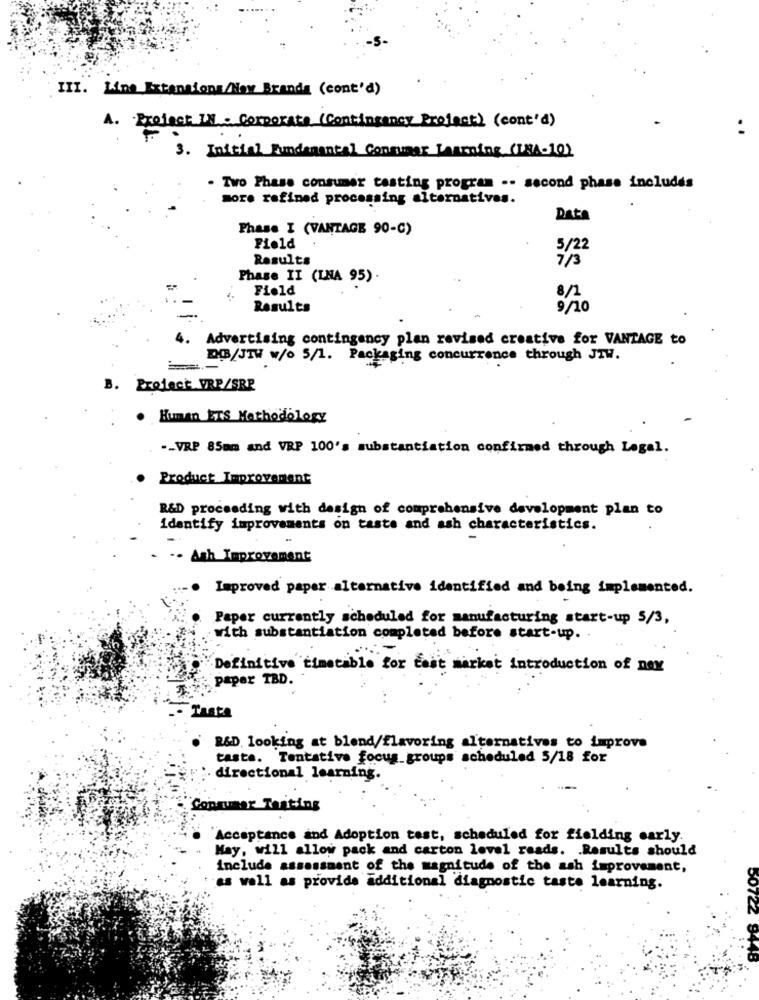
III. Line Extensions/Her Brands (cont'd)
A. Project IN - Corporate (Contingency Project) (cont'd)
3. Initial Fundamental Consumer Learning (TRA-10)
. Two Phase consumer tasting program .- second phase includes
more refined processing alternatives.
Data
Phase I (VANTAGE 90-C)
Field
5/22
Results
7/3
Phase II (LNA 95).
Field
8/1
Results
9/10
4. Advertising contingency plan revised creative for VANTAGE to
DB/JTW w/o 5/1. Packaging concurrence through JTW.
B. Project VRP/SRP
Human ETS Methodology
-_ VRP 85mm and VRP 100's substantiation confirmed through Legal.
Product Improvement
R&D proceeding with design of comprehensive development plan to
identify improvements on taste and ash characteristics.
- Anh Improvement
· Improved paper alternative identified and being implemented.
Paper currently scheduled for manufacturing start-up 5/3,
with substantiation completed before start-up ..
Definitive timetable for cast market introduction of nex
paper TBD.
Thata
. R&D. looking at blend/flavoring alternatives to improve
taste. Tentative focus groups scheduled 5/18 for
directional learning.
Consumer Tasting
"Acceptance and Adoption test, scheduled for fielding early.
. May, will allow pack and carton level reads. . Results should
include assessment of the magnitude of the ash improvement,
as well as provide additional diagnostic taste learning.
5072